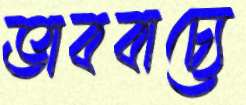
ভাববাচ্যে